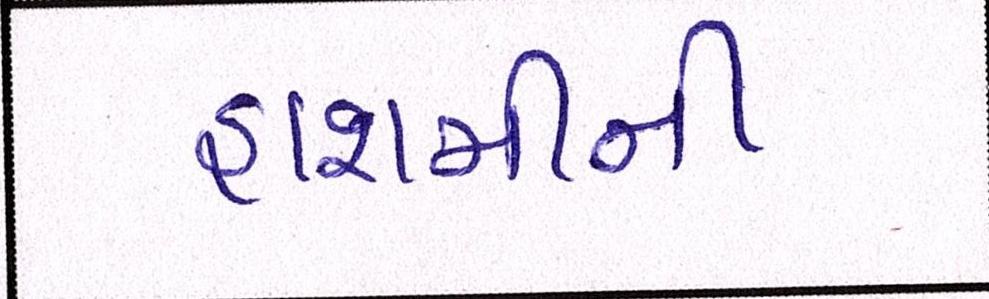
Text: હાશમીની